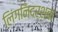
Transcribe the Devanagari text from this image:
लिंगनिदर्शक